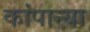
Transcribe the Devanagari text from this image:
कांपान्या